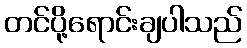
တင်ပို့ရောင်းချပါသည်